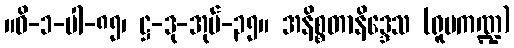
။ဝိ-၁-ပါ-၈၅၊ ဋ္ဌ-ဒု-အုပ်-၃၅။ အနိစ္စတာနိဒ္ဒေသ (ရူပကဏ္ဍ)